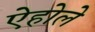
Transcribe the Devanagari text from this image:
ऐहोले